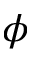
\phi